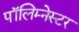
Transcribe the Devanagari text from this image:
पॉलिम्नेस्टर